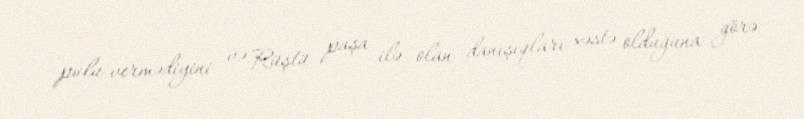
pulu vermədiyini və Rüştü paşa ilə olan danışıqları xəstə olduğuna görə